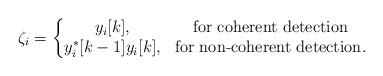
LaTeX: \begin{align*}\zeta_i=\left\lbrace\begin{matrix}y_i[k], & \mbox{for coherent detection} \\y_i^*[k-1] y_i[k], & \mbox{for non-coherent detection}.\end{matrix}\right.\end{align*}